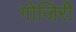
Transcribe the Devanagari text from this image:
गोजिरी